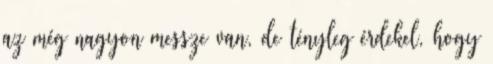
az még nagyon messze van, de tényleg érdekel, hogy